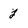
Character: j